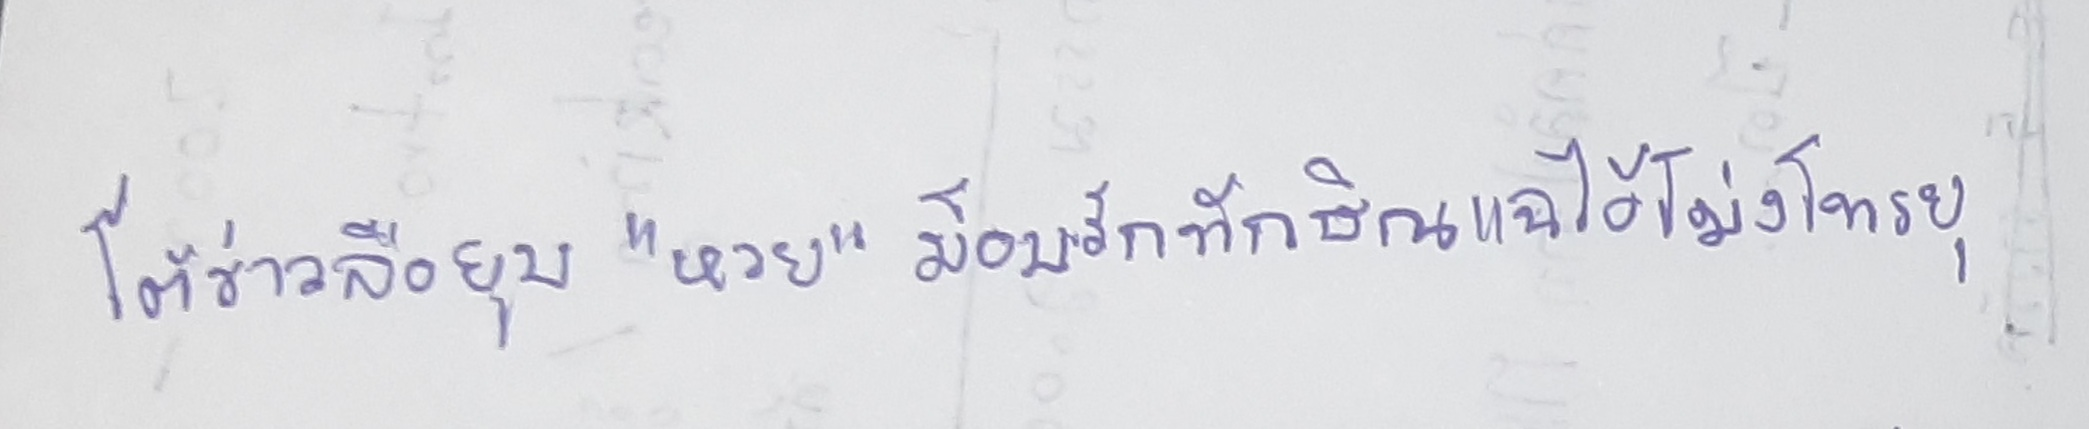
โต้ข่าวลือยุบ"หวย"ม็อบรักทักษิณแฉไอ้โม่งโทรยุ